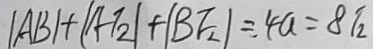
\vert A B \vert + \vert A T _ { 2 } \vert + \vert B F _ { 2 } \vert = 4 a = 8 T _ { 2 }